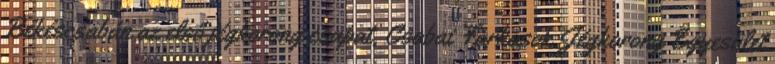
Békéscsabán az első jégkorong csapat, Csabai Farkasok Jégkorong Egyesület